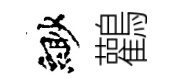
緲鸛